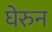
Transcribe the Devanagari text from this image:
घेरुन